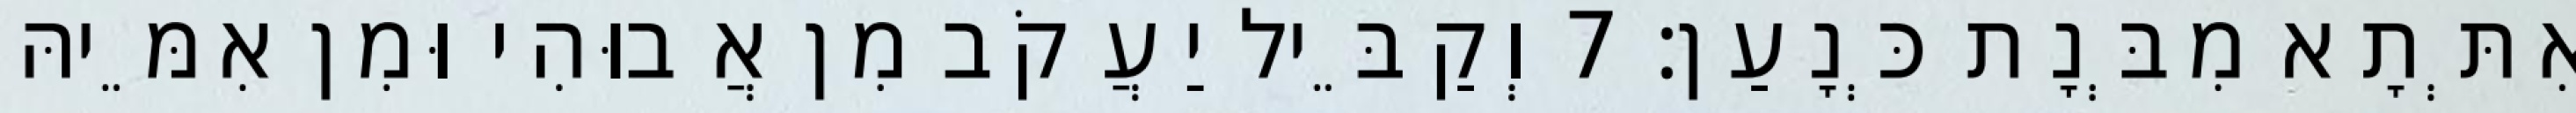
אִתְּתָא מִבְּנָת כְּנָעַן׃ 7 וְקַבֵּיל יַעֲקֹב מִן אֲבוּהִי וּמִן אִמֵּיהּ